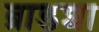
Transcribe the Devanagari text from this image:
ब्राडशा